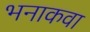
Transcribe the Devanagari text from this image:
भनाकवा